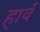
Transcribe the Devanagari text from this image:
हार्व